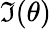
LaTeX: \mathfrak{I}(\theta)